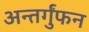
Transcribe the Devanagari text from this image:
अन्तर्गुंफन